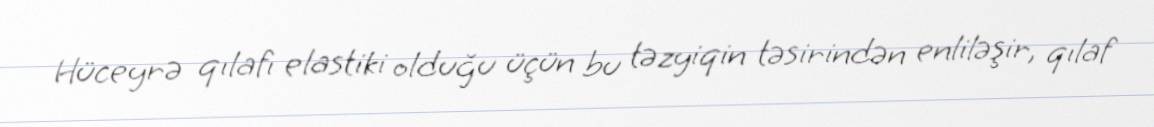
Hüceyrə qılafı elastiki olduğu üçün bu təzyiqin təsirindən enliləşir, qılaf